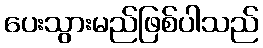
ပေးသွားမည်ဖြစ်ပါသည်